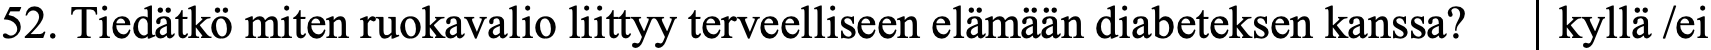
52. Tiedätkö miten ruokavalio liittyy terveelliseen elämään diabeteksen kanssa? kyllä /ei